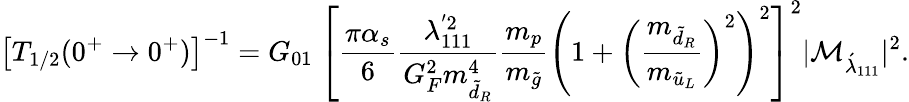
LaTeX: \big[T_{1/2}(0^{+}\rightarrow 0^{+})\big]^{-1}=G_{01}~\left[\frac{\pi\alpha_{s}}{6}\frac{\lambda_{111}^{'2}}{G_{F}^{2}m_{\tilde{d}_{R}}^{4}}\frac{m_{p}}{m_{\tilde{g}}}\left(1+\left(\frac{m_{\tilde{d}_{R}}}{m_{\tilde{u}_{L}}}\right)^{2}\right)^{2}\right]^{2}|{\cal{M}}_{{\acute{\lambda}}_{111}}|^{2}.